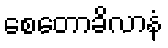
စေတောခိလာနံ